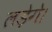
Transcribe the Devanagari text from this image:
लड़ेगे।